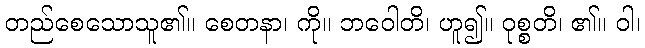
တည်စေသောသူ၏။ စေတနာ၊ ကို။ ဘဝေါတိ၊ ဟူ၍။ ဝုစ္စတိ၊ ၏။ ဝါ၊